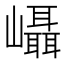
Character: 𭗵